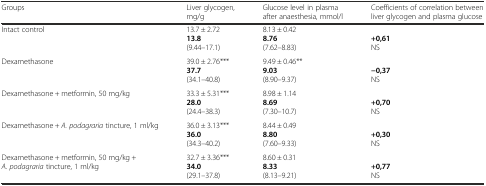
| Groups | Liver glycogen, mg/g | Glucose level in plasma after anaesthesia, mmol/l | Coefficients of correlation between liver glycogen and plasma glucose |
 | --- | --- | --- | --- |
 | Intact control | 13.7 ± 2.7213.8(9.44–17.1) | 8.13 ± 0.428.76(7.62–8.83) | +0,61NS |
 | Dexamethasone | 39.0 ± 2.76***37.7(34.1–40.8) | 9.49 ± 0.46**9.03(8.90–9.37) | −0,37NS |
 | Dexamethasone + metformin, 50 mg/kg | 33.3 ± 5.31***28.0(24.4–38.3) | 8.98 ± 1.148.69(7.30–10.7) | +0,70NS |
 | Dexamethasone + A. podagraria tincture, 1 ml/kg | 36.0 ± 3.13***36.0(34.3–40.2) | 8.44 ± 0.498.80(7.60–9.33) | +0,30NS |
 | Dexamethasone + metformin, 50 mg/kg + A. podagraria tincture, 1 ml/kg | 32.7 ± 3.36***34.0(29.1–37.8) | 8.60 ± 0.318.33(8.13–9.21) | +0,77NS |